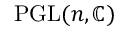
\operatorname { P G L } ( n , \mathbb { C } )